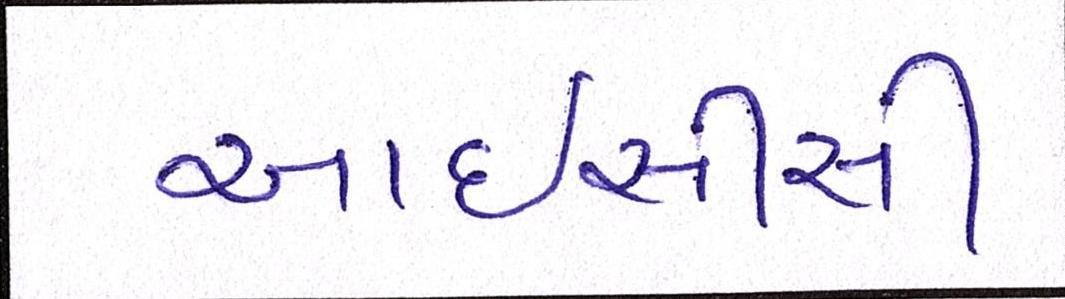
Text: આઇસીસી